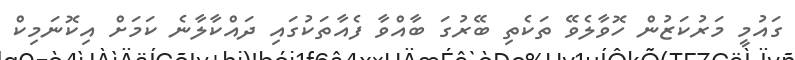
ގައުމީ މަރުކަޒުން ހޮވާލެވޭ ތަކެތި ބޭރުގަ ބާއްވާ ފެއާތަކުގައި ދައްކާލާނެ ކަަމަށް އިކޮނަމިކް